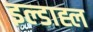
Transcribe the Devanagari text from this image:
इल्डाह्ल